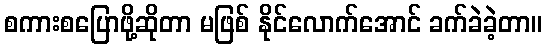
စကားစပြောဖို့ဆိုတာ မဖြစ် နိုင်လောက်အောင် ခက်ခဲခဲ့တာ။